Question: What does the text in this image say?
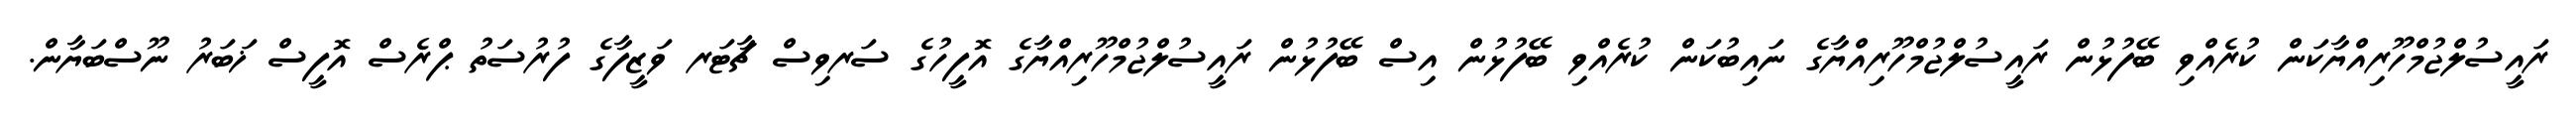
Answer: ރައީސުލްޖުމްހޫރިއްޔާކަން ކުރެއްވި ބޭފުޅުން ރައީސުލްޖުމްހޫރިއްޔާގެ ނައިބުކަން ކުރެއްވި ބޭފުޅުން އިސް ބޭފުޅުން ރައީސުލްޖުމްހޫރިއްޔާގެ އޮފީހުގެ ސަރވިސް ޗާޓަރ ވަޒީފާގެ ފުރުސަތު ޕްރެސް އޮފީސް ޚަބަރު ނޫސްބަޔާން.